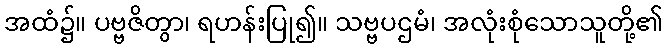
အထံ၌။ ပဗ္ဗဇိတွာ၊ ရဟန်းပြု၍။ သဗ္ဗပဌမံ၊ အလုံးစုံသောသူတို့၏